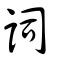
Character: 詞